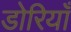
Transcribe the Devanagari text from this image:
डोरियाँ